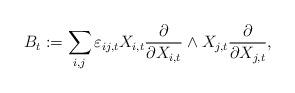
LaTeX: \begin{align*}B_t: =\sum_{i,j} \varepsilon_{ij,t} X_{i,t} \frac{\partial }{\partial X_{i,t}}\wedge X_{j,t}\frac{\partial }{\partial X_{j,t}},\end{align*}